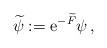
LaTeX: \begin{align*} \widetilde{\psi}:={\rm e}^{-\widetilde{F}}\psi\,,\end{align*}